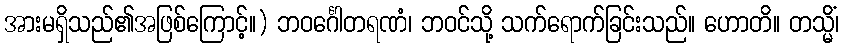
အားမရှိသည်၏အဖြစ်ကြောင့်။) ဘဝင်္ဂေါတရဏံ၊ ဘဝင်သို့ သက်ရောက်ခြင်းသည်။ ဟောတိ။ တသ္မိံ၊